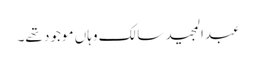
عبدالمجید سالک وہاں موجود تھے۔